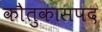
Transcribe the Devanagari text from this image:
काैतुकासपद